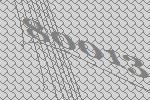
80013